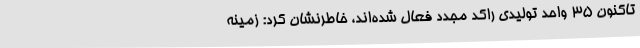
تاکنون 35 واحد تولیدی راکد مجدد فعال شده‌اند، خاطرنشان کرد: زمینه